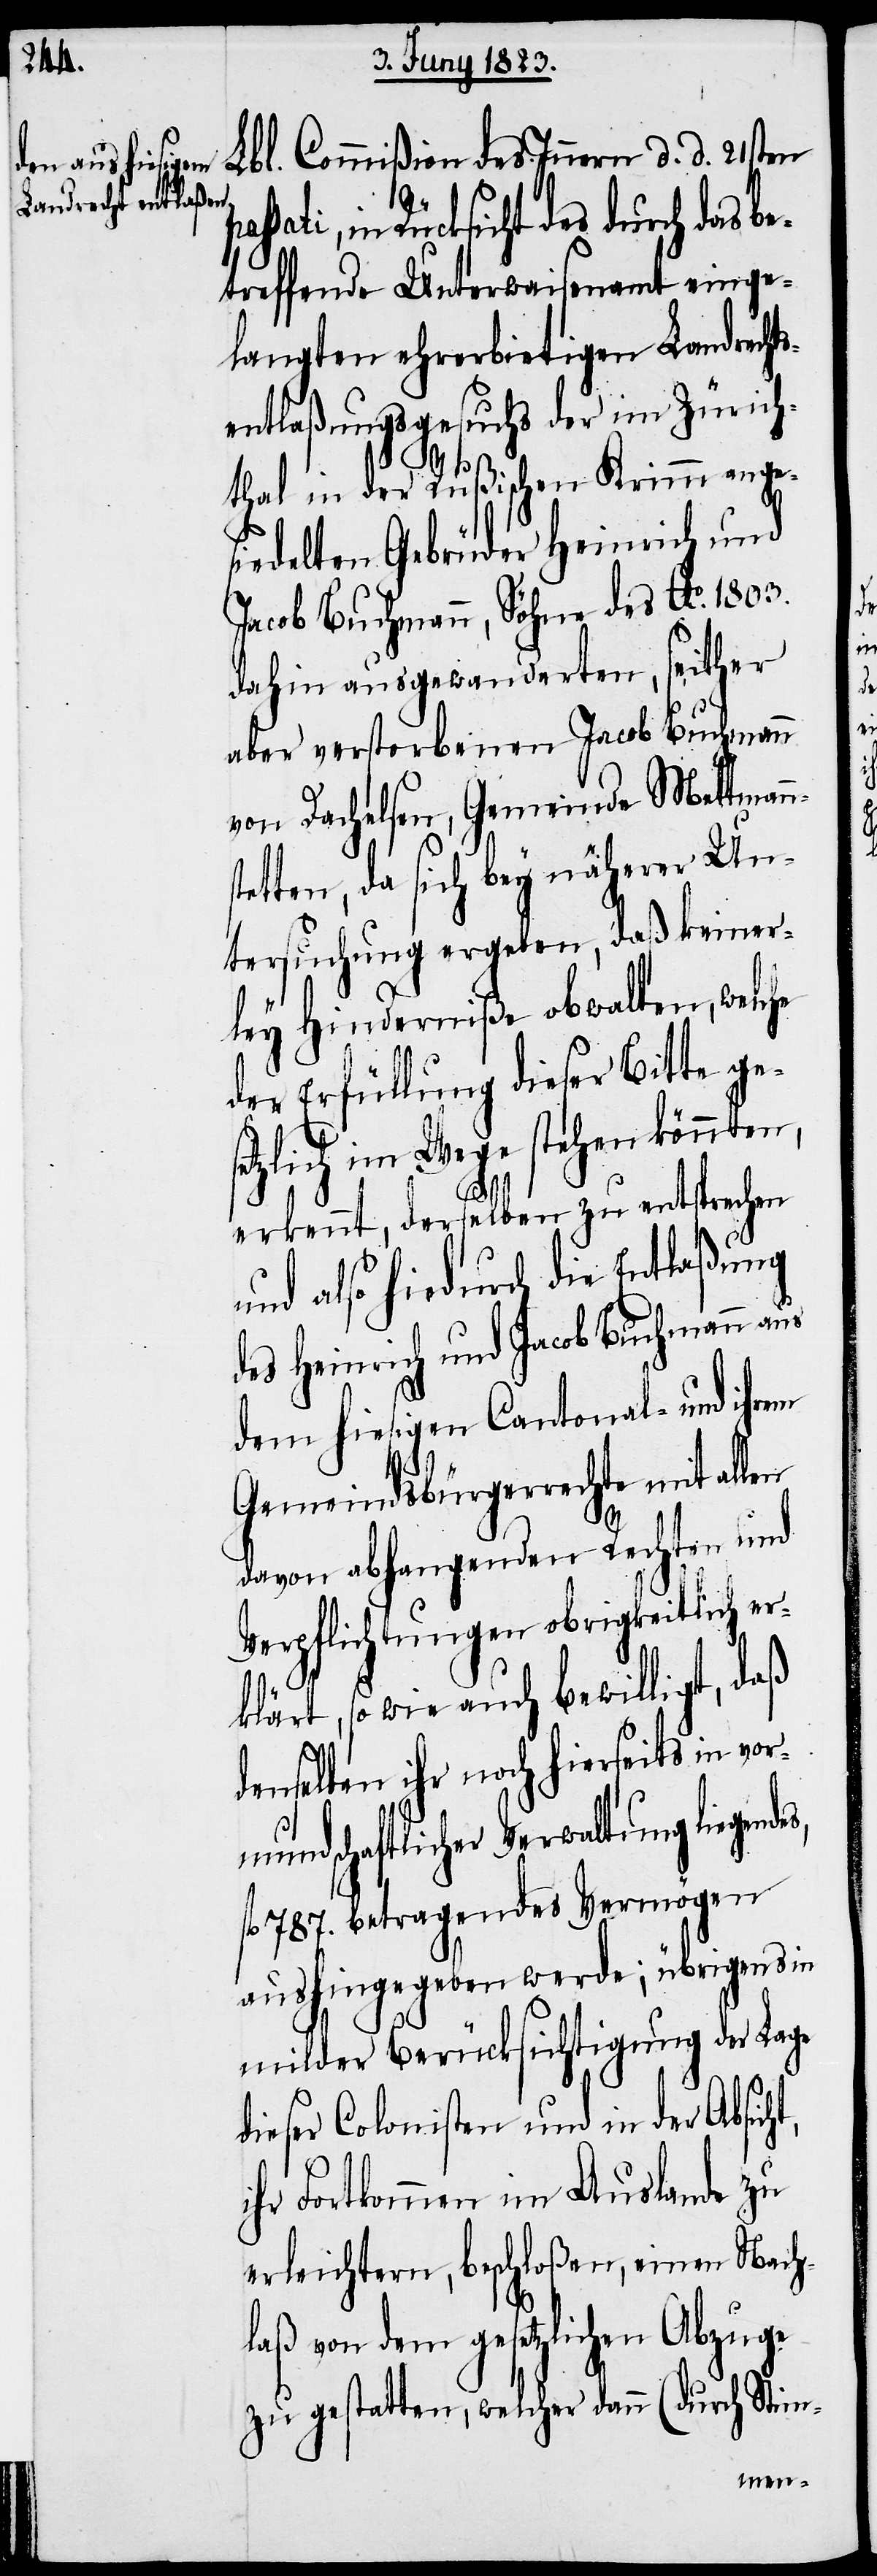
Lbl. Commißion des Innern d. d. 21sten
passati, in Rücksicht des durch das be¬
treffende Unterwaisenamt einge¬
langten ehrerbietigen Landrecht¬
sentlaßungsgesuchs der im Zürich¬
thal in der Rußischen Krimm ange¬
siedelten Gebrüder Heinrich und
Jacob Buchmann, Söhne des Ao. 1803.
dahin ausgewanderten, seither
aber verstorbenen Jacob Buchmann
von Dachelsen, Gemeinde Mettman¬
tetten, da sich bey näherer Un¬
tersuchung ergeben, daß keiner¬
ley Hinderniße obwalten, welche
der Erfüllung dieser Bitte ges¬
etzlich im Wege stehen könnten,
ndes,
erkennt, derselben zu entsprechen
und also hiedurch die Entlaßung
des Heinrich und Jacob Buchmann aus
dem hiesigen Cantonal- und ihrem
Gemeindsbürgerrechte mit al¬
davon abhangenden Rechten und
Verpflichtungen obrigkeitlich er¬
klärt, so wie auch bewilligt, daß
denselben ihr noch hierseits in vorm¬
undschaftlicher Verwaltung liege¬
fl. 787. betragendes Vermögen
aushingegeben werde; übrigens in
milder Berücksichtigung der Lage
dieser Colonisten und in der Absicht,
ihr Fortkommen im Auslande zu
erleichtern, beschloßen, einen Nach¬
laß von dem gesetzlichen Abzuge
zu gestatten, welcher dann (durch Stim-
len